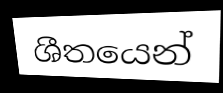
ශීතයෙන්